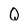
Character: Q